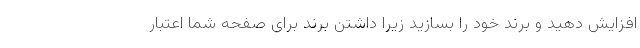
افزایش دهید و برند خود را بسازید زیرا داشتن برند برای صفحه شما اعتبار